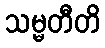
သမ္မတီတိ